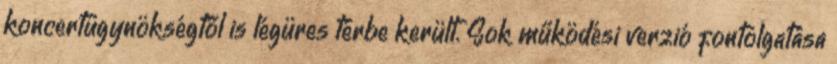
koncertügynökségtől is légüres térbe került. Sok működési verzió fontolgatása